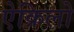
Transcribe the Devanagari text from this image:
ऐक्रिलो